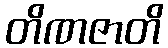
တိဏဇာတိ